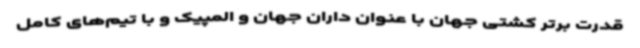
قدرت برتر کشتی جهان با عنوان داران جهان و المپیک و با تیم‌های کامل